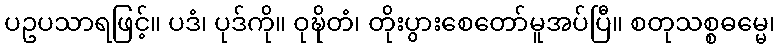
ပဥပသာရဖြင့်။ ပဒံ၊ ပုဒ်ကို။ ဝုဍ္ဎိတံ၊ တိုးပွားစေတော်မူအပ်ပြီ။ စတုသစ္စဓမ္မေ၊